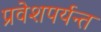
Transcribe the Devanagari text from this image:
प्रवेशपर्यन्त